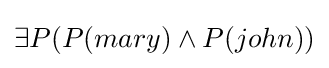
\exists P(P(mary)\land P(john))